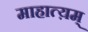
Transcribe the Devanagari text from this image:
माहात्य़म्